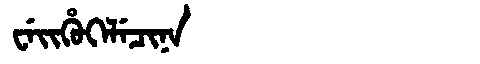
Manchu: ᠸᡝᡳᡥᡠᡴᡝᠯᡝᠴᡳᠨᠠ
Romanization: WEIHUKELECINA